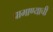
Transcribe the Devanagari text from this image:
प्रामाण्याची